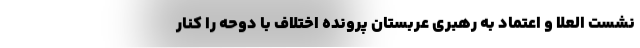
نشست العلا و اعتماد به رهبری عربستان پرونده اختلاف با دوحه را کنار